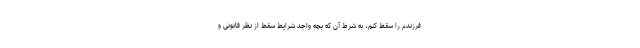
فرزندم را سقط کنم، به شرط آن که بچه واجد شرایط سقط از نظر قانونی و